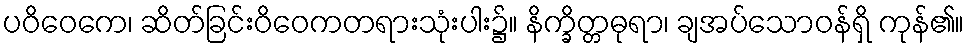
ပဝိဝေကေ၊ ဆိတ်ခြင်းဝိဝေကတရားသုံးပါး၌။ နိက္ခိတ္တဓုရာ၊ ချအပ်သောဝန်ရှိ ကုန်၏။